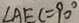
\angle A E C = 9 0 ^ { \circ }